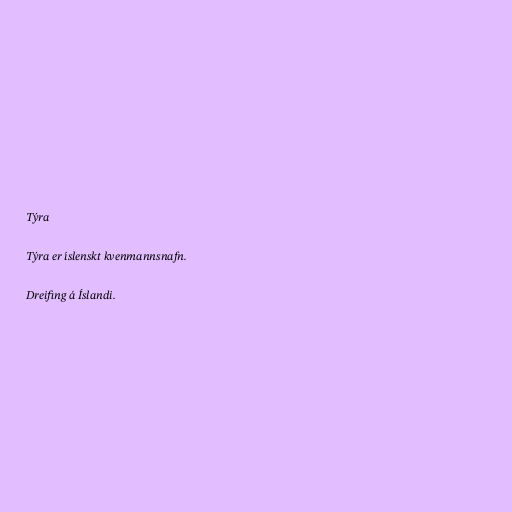
Týra

Týra er íslenskt kvenmannsnafn.

Dreifing á Íslandi.